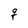
Character: g